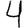
Digit: 4